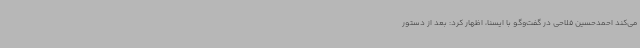
می‌کند احمدحسین فلاحی در گفت‌وگو با ایسنا، اظهار کرد: بعد از دستور